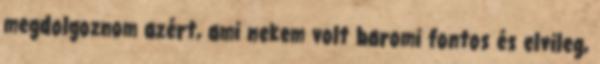
megdolgoznom azért, ami nekem volt baromi fontos és elvileg,